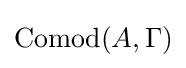
{\text{Comod}}(A,\Gamma )